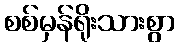
စစ်မှန်ရိုးသားစွာ